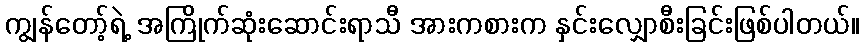
ကျွန်တော့်ရဲ့ အကြိုက်ဆုံးဆောင်းရာသီ အားကစားက နှင်းလျှောစီးခြင်းဖြစ်ပါတယ်။